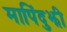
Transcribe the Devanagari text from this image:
मापिंदुझी